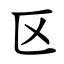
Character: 区